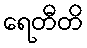
ရေတီတိ